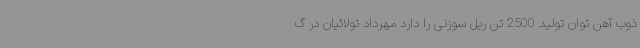
ذوب آهن توان تولید 2500 تن ریل سوزنی را دارد مهرداد تولائیان در گ